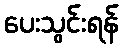
ပေးသွင်းရန်